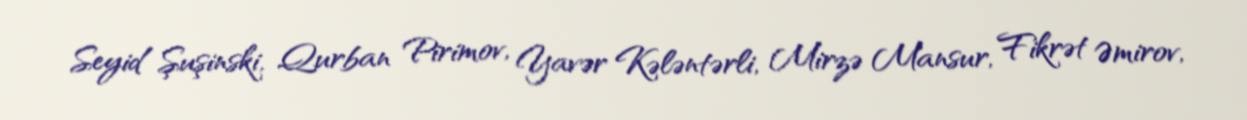
Seyid Şuşinski, Qurban Pirimov, Yavər Kələntərli, Mirzə Mansur, Fikrət Əmirov,